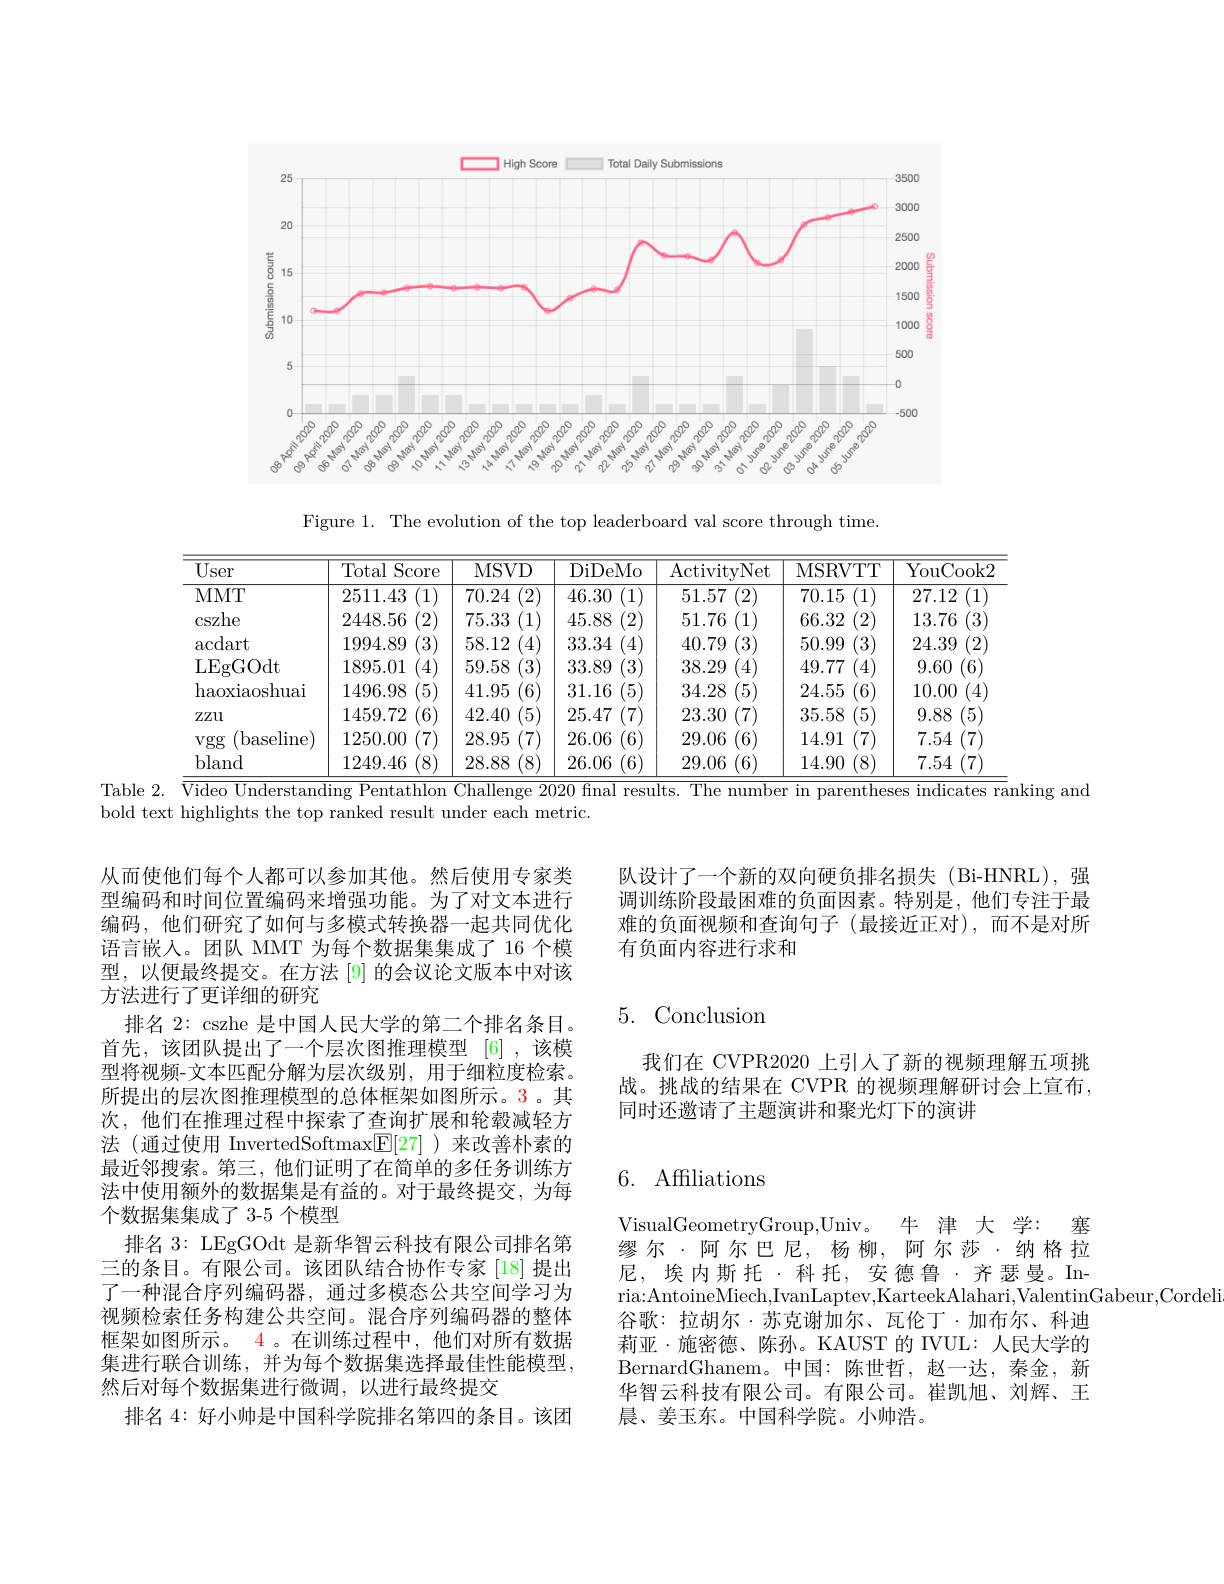
<FigureHere>

Figure 1. The evolution of the top leaderboard val score through time.

<table>
	<tbody>
		<tr>
			<th>$\overline{\mathrm{User}}$</th>
			<th>Total $\operatorname{Score}$</th>
			<th>MSVD</th>
			<th>DiDeMo</th>
			<th>ActivityNet</th>
			<th>MSRVTT</th>
			<th>YouCook2</th>
		</tr>
		<tr>
			<td>MMT</td>
			<td>2511.43 (1)</td>
			<td>70.24 2</td>
			<td>46.30 1</td>
			<td>51.57 (2)</td>
			<td>(1) 70.15</td>
			<td>1 27.12</td>
		</tr>
		<tr>
			<td>cszhe</td>
			<td>2448.56 $2^{\prime}$</td>
			<td>75.33 11</td>
			<td>45.88</td>
			<td>51.76 $1^{\prime}$</td>
			<td>66.32 2</td>
			<td>13.76</td>
		</tr>
		<tr>
			<td>$\operatorname{acdart}$</td>
			<td>1994.89 $^{'}3$</td>
			<td>58.12</td>
			<td>33.34</td>
			<td>40.79 (3)</td>
			<td>50.99 3</td>
			<td>24.39 2</td>
		</tr>
		<tr>
			<td>LEgGOdt</td>
			<td>1895.01</td>
			<td>59.58</td>
			<td>33.89 74</td>
			<td>38.29</td>
			<td>49.77</td>
			<td>9.60 $L_{n}$</td>
		</tr>
		<tr>
			<td>haoxiaoshuai</td>
			<td>1496.98 $\langle5\rangle$</td>
			<td>41.95</td>
			<td>31.16</td>
			<td>34.28 (5)</td>
			<td>24.55 $\textbf{价 }$</td>
			<td>10.00 4</td>
		</tr>
		<tr>
			<td>$ZZU$</td>
			<td>1459.72 (6)</td>
			<td>42.40</td>
			<td>25.47</td>
			<td>23.30 (7)</td>
			<td>35.58 5</td>
			<td>9.88</td>
		</tr>
		<tr>
			<td>vgg (baseline</td>
			<td>1250.00 7</td>
			<td>28.95</td>
			<td>26.06 6</td>
			<td>29.06 $^{\prime}6.$</td>
			<td>14.91 7</td>
			<td>7.54</td>
		</tr>
		<tr>
			<td>bland</td>
			<td>1249.46 (8)</td>
			<td>28.88 8</td>
			<td>26.06 P</td>
			<td>29.06 (6)</td>
			<td>14.90 $^{\prime}8^{\prime}$</td>
			<td>7.54</td>
		</tr>
	</tbody>
</table>
Table 2. Video Understanding Pentathlon Challenge 2020 final results. The number in parentheses indicates ranking and

bold text highlights the top ranked result under each metric.

队设计了一个新的双向硬负排名损失(Bi-HNRL),强调训练阶段最困难的负面因素。特别是，他们专注于最难的负面视频和查询句子(最接近正对),而不是对所有负面内容进行求和

# 5. Conclusion

我们在 CVPR2020 上引人了新的视频理解五项挑战。挑战的结果在 CVPR 的视频理解研讨会上宣布， 同时还邀请了主题演讲和聚光灯下的演讲

从而使他们每个人都可以参加其他。然后使用专家类型编码和时间位置编码来增强功能。为了对文本进行编码，他们研究了如何与多模式转换器一起共同优化语言嵌人。团队 MMT 为每个数据集集成了 16 个模型，以便最终提交。在方法 [9] 的会议论文版本中对该方法进行了更详细的研究
排名 2: cszhe 是中国人民大学的第二个排名条目。首先，该团队提出了一个层次图推理模型 [6],该模型将视频-文本匹配分解为层次级别，用于细粒度检索。所提出的层次图推理模型的总体框架如图所示。3。其次，他们在推理过程中探索了查询扩展和轮毂减轻方法 (通过使用 InvertedSoftmax$\boxed{\mathrm{F}}[27]$ )来改善朴素的最近邻搜索。第三，他们证明了在简单的多任务训练方法中使用额外的数据集是有益的。对于最终提交，为每个数据集集成了 3-5 个模型
排名 3: LEgGOdt 是新华智云科技有限公司排名第三的条目。有限公司。该团队结合协作专家[18]提出了一种混合序列编码器，通过多模态公共空间学习为视频检索任务构建公共空间。混合序列编码器的整体框架如图所示。4 。在训练过程中，他们对所有数据集进行联合训练，并为每个数据集选择最佳性能模型， 然后对每个数据集进行微调，以进行最终提交
排名 4: 好小帅是中国科学院排名第四的条目。该团

# 6. Affiliations

VisualGeometryGroup,Univ。牛 津 大 学：塞缪尔·阿尔巴尼，杨柳，阿尔莎·纳格拉尼，埃内斯托·科托，安德鲁·齐瑟曼。Inria:AntoineMiech,IvanLaptev,KarteekAlahari,ValentinGabeur,Cordeli
谷歌：拉胡尔·苏克谢加尔、瓦伦丁·加布尔、科迪莉亚·施密德、陈孙。KAUST 的 IVUL: 人民大学的BernardGhanem。中 国 : 陈世哲，赵一达，秦金，新华智云科技有限公司。有限公司。崔凯旭、刘辉、王晨、姜玉东。中国科学院。小帅浩。